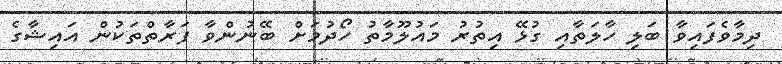
ދިމާވެފައިވާ ބަލި ހާލަތާއި ގުޅޭ އިތުރު މައުލޫމާތު ހޯދުމަށް ބޭނުންވާ ފަރާތްތަކުން އައިޝާގެ